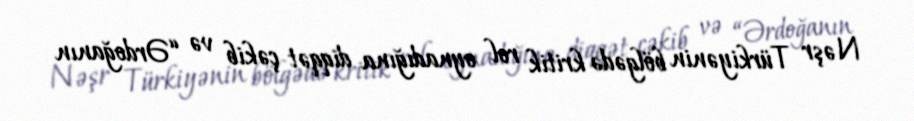
Nəşr Türkiyənin bölgədə kritik rol oynadığına diqqət çəkib və “Ərdoğanın